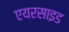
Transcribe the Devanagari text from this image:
एयरसाइड